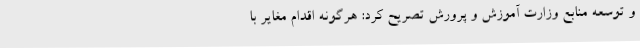
و توسعه منابع وزارت آموزش و پرورش تصریح کرد: هرگونه اقدام مغایر با